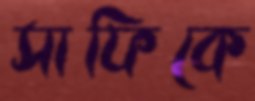
সাফিকে